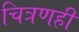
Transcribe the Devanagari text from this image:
चित्रणही